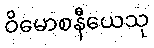
ဝိမောစနီယေသု